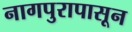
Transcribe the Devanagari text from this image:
नागपुरापासून